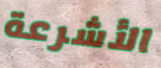
الأشرعة